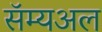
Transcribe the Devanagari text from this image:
सॅम्यअल